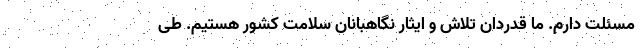
مسئلت دارم. ما قدردان تلاش و ایثار نگاهبانان سلامت کشور هستیم. طی